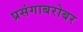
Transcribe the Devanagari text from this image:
प्रसंगाबरोबर